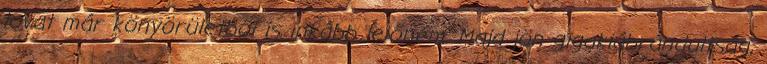
lovat már könyörületből is inkább lelőném. Majd jön gigakiábrándultság,